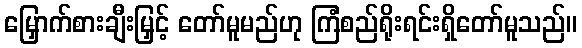
မြှောက်စားချီးမြှင့် တော်မူမည်ဟု ကြံစည်ရိုးရင်းရှိတော်မူသည်။